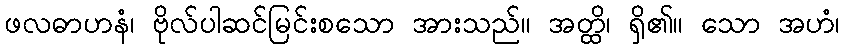
ဖလဓာဟနံ၊ ဗိုလ်ပါဆင်မြင်းစသော အားသည်။ အတ္ထိ၊ ရှိ၏။ သော အဟံ၊